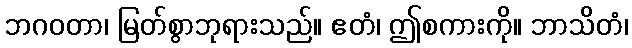
ဘဂဝတာ၊ မြတ်စွာဘုရားသည်။ ဧတံ၊ ဤစကားကို။ ဘာသိတံ၊